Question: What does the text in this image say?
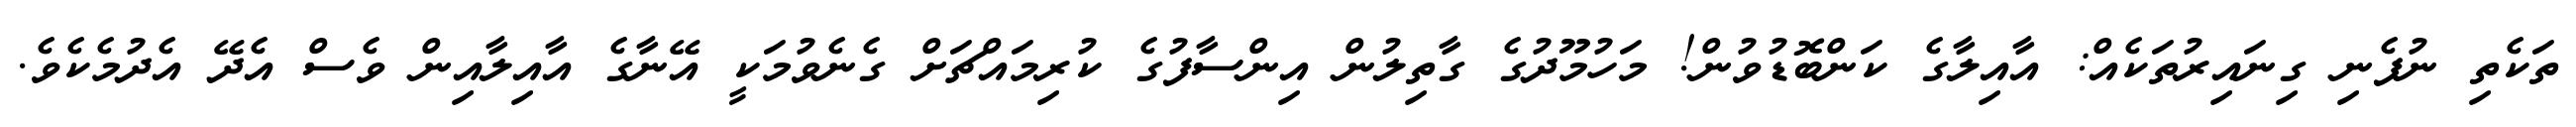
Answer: ތަކެތި ނުފެނި ގިނައިރުތަކެއް: އާއިލާގެ ކަންބޮޑުވުން! މަހުމޫދުގެ ގާތިލުން އިންސާފުގެ ކުރިމައްޗަށް ގެނެވުމަކީ އޭނާގެ އާއިލާއިން ވެސް އެދޭ އެދުމެކެވެ.